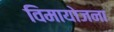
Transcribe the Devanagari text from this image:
विमायोजना